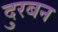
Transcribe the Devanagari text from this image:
दुरबन